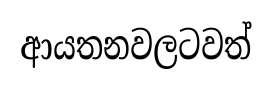
ආයතනවලටවත්